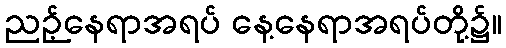
ညဉ့်နေရာအရပ် နေ့နေရာအရပ်တို့၌။